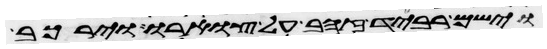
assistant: וישם רביד זהב על צוארו וירכב